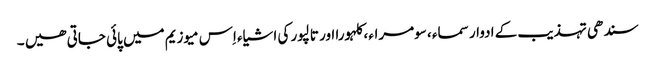
سندھی تہذیب کے ادوار سماء ، سومراء ، کلہورا اور تالپور کی اشیاء اِس میوزیم میں پائی جاتی ھیں ۔